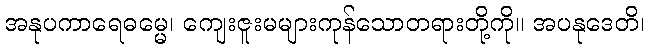
အနုပကာရေဓမ္မေ၊ ကျေးဇူးမများကုန်သောတရားတို့ကို။ အပနုဒေတိ၊